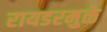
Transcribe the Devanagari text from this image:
रायडरमुळे